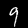
Label: 9